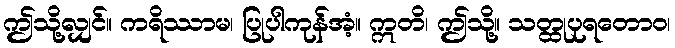
ဤသို့လျှင်။ ကရိဿာမ၊ ပြုပါကုန်အံ့။ ဣတိ၊ ဤသို့။ သတ္ထုပုရတောဝ၊